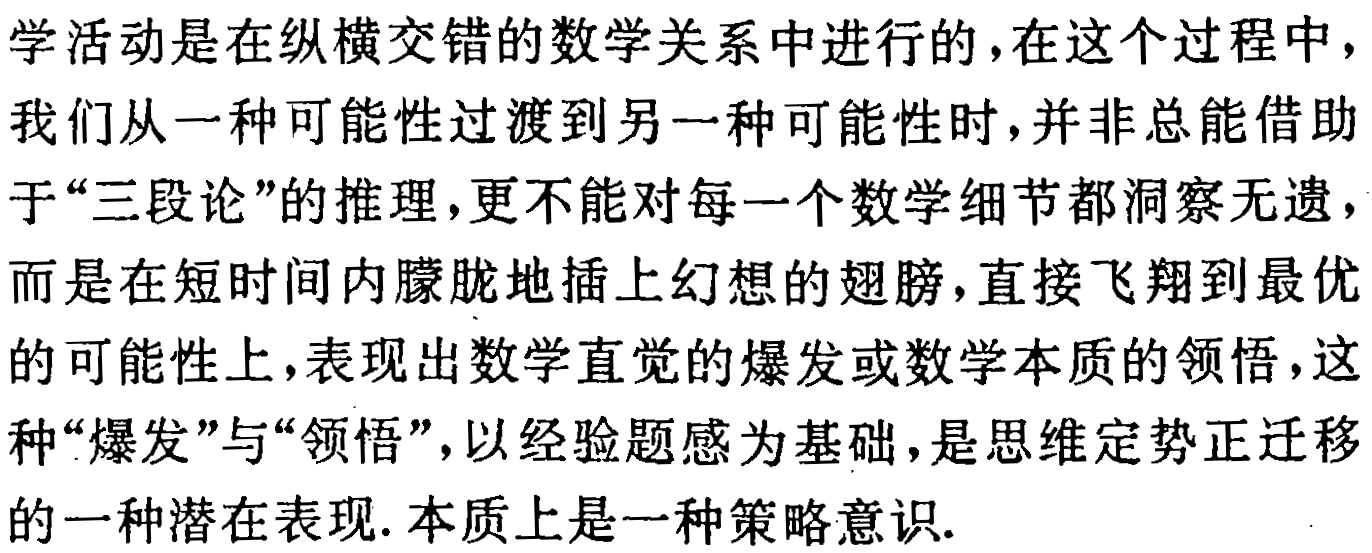
学活动是在纵横交错的数学关系中进行的，在这个过程中，我们从一种可能性过渡到另一种可能性时，并非总能借助于“三段论”的推理，更不能对每一个数学细节都洞察无遗，而是在短时间内朦胧地插上幻想的翅膀，直接飞翔到最优的可能性上，表现出数学直觉的爆发或数学本质的领悟，这种“爆发”与“领悟”，以经验题感为基础，是思维定势正迁移的一种潜在表现. 本质上是一种策略意识.